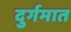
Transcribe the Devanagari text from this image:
दुर्गमात